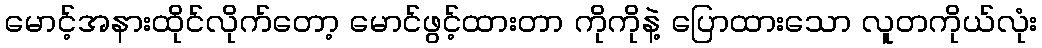
မောင့်အနားထိုင်လိုက်တော့ မောင်ဖွင့်ထားတာ ကိုကိုနဲ့ ပြောထားသော လူတကိုယ်လုံး